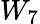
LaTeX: W_{7}